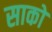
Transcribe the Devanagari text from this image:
साको